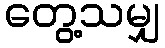
တွေ့သမျှ